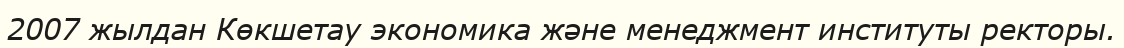
2007 жылдан Көкшетау экономика және менеджмент институты ректоры.